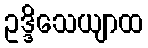
ဥဒ္ဒိသေယျာထ